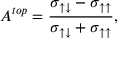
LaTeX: A ^ { t o p } = { \frac { \sigma _ { \uparrow \downarrow } - \sigma _ { \uparrow \uparrow } } { \sigma _ { \uparrow \downarrow } + \sigma _ { \uparrow \uparrow } } } ,